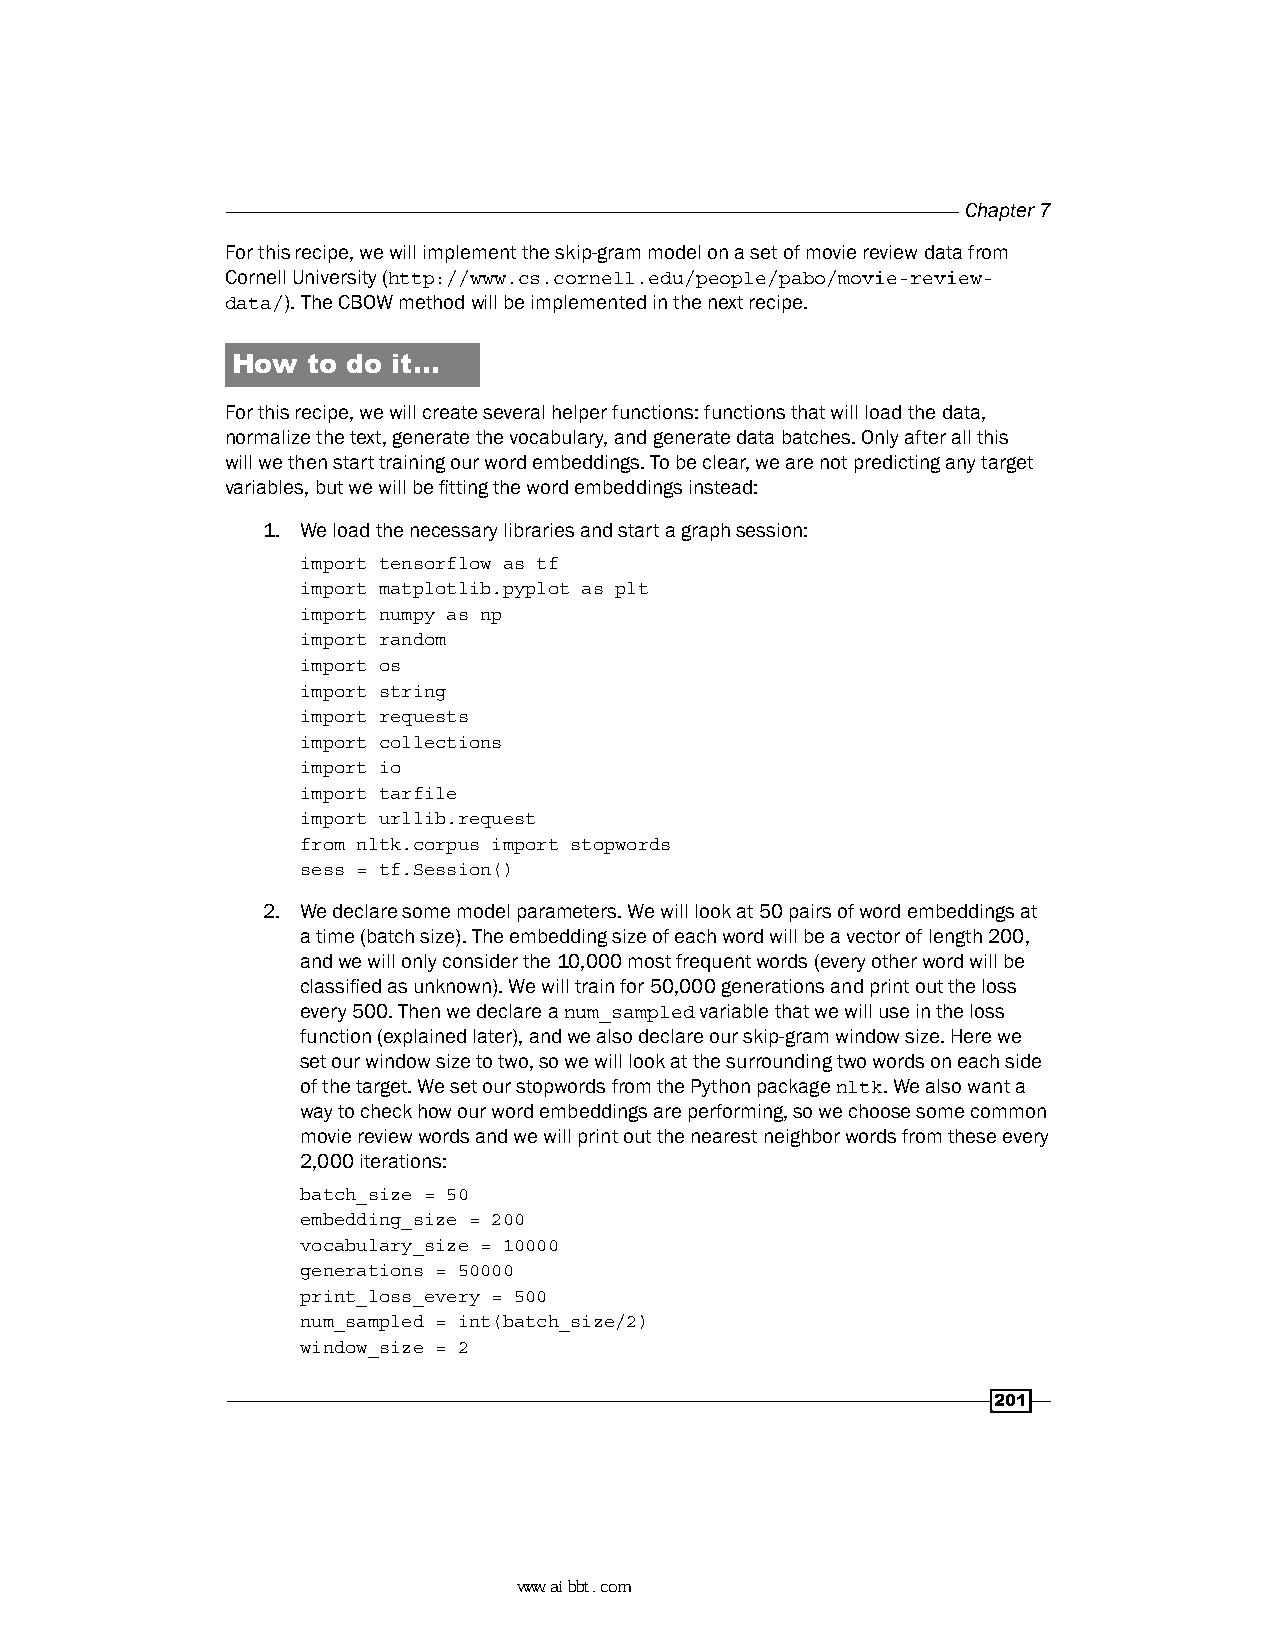
Chapter 7
 For this recipe, we will implement the skip-gram model on a set of movie review data from
 Cornell University (http://www.cs.cornell.edu/people/pabo/movie-review-
 data/). The CBOW method will be implemented in the next recipe.
 How  to do it…
 For this recipe, we will create several helper functions: functions that will load the data,
 normalize the text, generate the vocabulary, and generate data batches. Only after all this
 will we then start training our word embeddings. To be clear, we are not predicting any target
 variables, but we will be fitting the word embeddings instead:
 1. We load the necessary libraries and start a graph session:
 import tensorflow as tf
 import matplotlib.pyplot as plt
 import numpy as np
 import random
 import os
 import string
 import requests
 import collections
 import io
 import tarfile
 import urllib.request
 from nltk.corpus import stopwords
 sess = tf.Session()
 2. We declare some model parameters. We will look at 50 pairs of word embeddings at
 a time (batch size). The embedding size of each word will be a vector of length 200,
 and we will only consider the 10,000 most frequent words (every other word will be
 classified as unknown). We will train for 50,000 generations and print out the loss
 every 500. Then we declare a num_sampled variable that we will use in the loss
 function (explained later), and we also declare our skip-gram window size. Here we
 set our window size to two, so we will look at the surrounding two words on each side
 of the target. We set our stopwords from the Python package nltk. We also want a
 way to check how our word embeddings are performing, so we choose some common
 movie review words and we will print out the nearest neighbor words from these every
 2,000 iterations:
 batch_size = 50
 embedding_size = 200
 vocabulary_size = 10000
 generations = 50000
 print_loss_every = 500
 num_sampled = int(batch_size/2)
 window_size = 2
 201
 www.aibbt.com 让未来触手可及